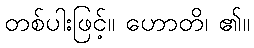
တစ်ပါးဖြင့်။ ဟောတိ၊ ၏။